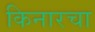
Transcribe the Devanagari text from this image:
किनारचा